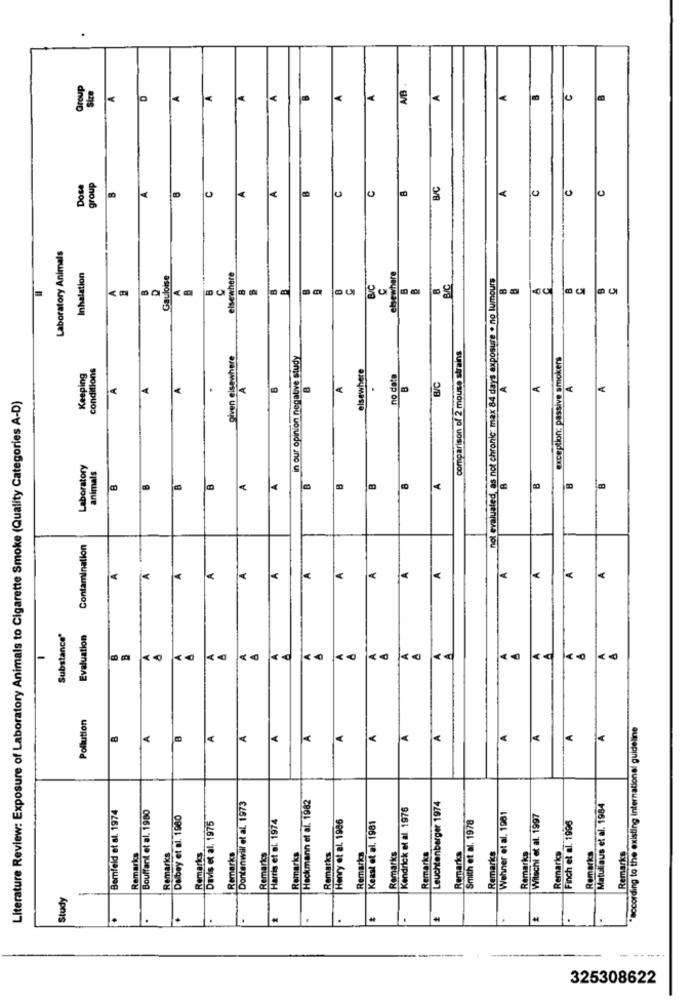
Group
Size
A
A
Dose
group
C
C
B/C
A
10
0
0
0
Laboratory Animals
Inhalation
Gauloise
elsewhere
elsewhere
not evaluated, as not chronic max 84 days exposure . no lumours
C
B/C
BIC
B
comparison of 2 mouse strains
given elsewhere
in our opinion negative study
on: passive smokers
Keeping
conditions
elsewhere
no data
A
A
A
B
A
B
BC
A
Literature Review: Exposure of Laboratory Animals to Cigarette Smoke (Quality Categories A-D)
.
.
exceptio
Laboratory
animals
B
A
8
Contamination
A
A
A
A
A
A
Substance'
Evaluation
< 0
Pollution
according to the existing international guideline
A
A
A
A
A
A
A
A
A
A
Dontenwill et al. 1973
Heckmann et al. 1982
Bemfeid et al. 1974
Kendrick et al 1976
Leuchtenberger 1974
Matuliaus et al. 1984
Bouffant et al. 1980
Dalbey et al. 1980
Harris et al. 1974
Henry et al. 1986
Smith et al. 1978
Wehner et al. 1981
Witschi et al. 1997
Finch et al. 1996
Davis et al. 1975
Keast et al. 1981
Remarks
Remarks
Remarks
Remarks
Remarks
Remarks
Remarks
Remarks
Remarks
Remarks
Remarks
Remarks
Remarkcs
Remarks
Remarks
Remarks
Study
.
.
.
.
.
.
325308622